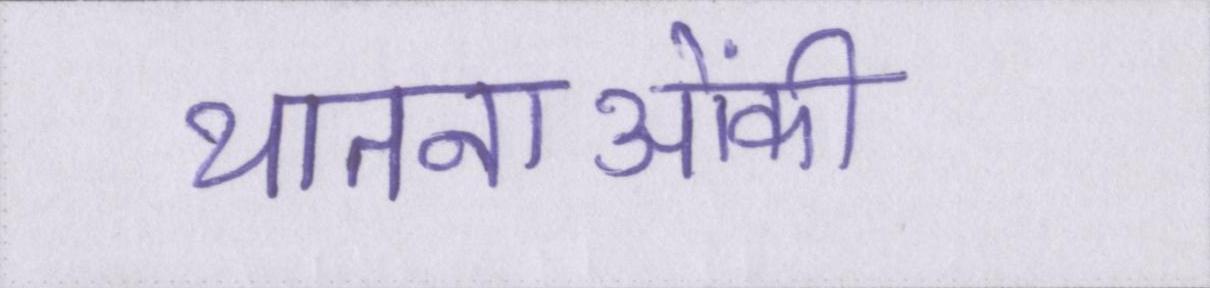
यातनाओंकी